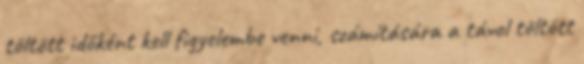
töltött időként kell figyelembe venni, számítására a távol töltött